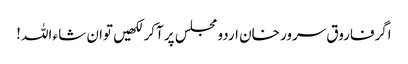
اگرفاروق سرور خان اردو مجلس پر آکر لکھیں توان شاء اللہ !